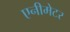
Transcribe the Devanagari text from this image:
एनीमेटर